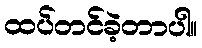
ထပ်တင်ခဲ့တာပါ။